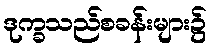
ဒုက္ခသည်စခန်းများ၌